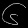
Digit: ၆